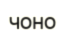
чоно